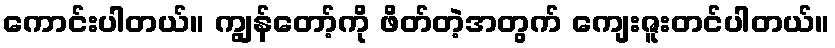
ကောင်းပါတယ်။ ကျွန်တော့်ကို ဖိတ်တဲ့အတွက် ကျေးဇူးတင်ပါတယ်။